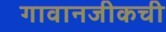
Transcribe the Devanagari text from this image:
गावानजीकची